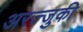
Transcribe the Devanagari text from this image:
अरज्जुकी